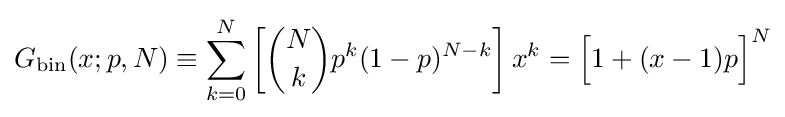
G_{\operatorname {bin} }(x;p,N)\equiv \sum _{k=0}^{N}\left[{\binom {N}{k}}p^{k}(1-p)^{N-k}\right]x^{k}={\Big [}1+(x-1)p{\Big ]}^{N}